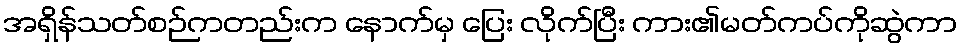
အရှိန်သတ်စဉ်ကတည်းက နောက်မှ ပြေး လိုက်ပြီး ကား၏မတ်ကပ်ကိုဆွဲကာ